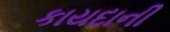
કાયદાની